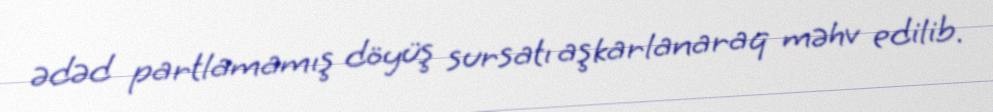
ədəd partlamamış döyüş sursatı aşkarlanaraq məhv edilib.